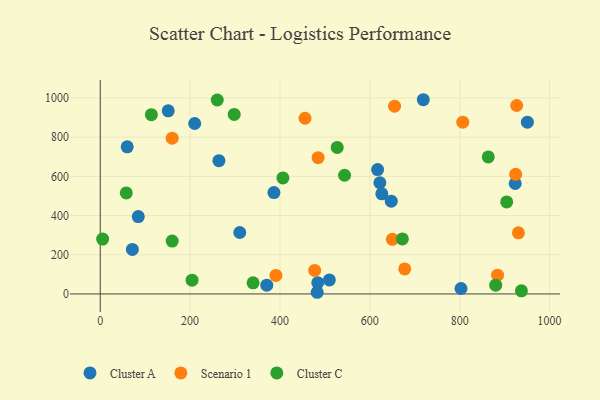
{"axis": {"x": "Distance", "y": "Fuel Efficiency"}, "legend": ["Cluster A", "Cluster C", "Scenario 1"], "data": [{"x": "84.6", "y": 394.9, "type": "Cluster A"}, {"x": "264.1", "y": 679.9, "type": "Cluster A"}, {"x": "386.5", "y": 517.1, "type": "Cluster A"}, {"x": "210.2", "y": 869.9, "type": "Cluster A"}, {"x": "484.0", "y": 57.1, "type": "Cluster A"}, {"x": "151.3", "y": 934.4, "type": "Cluster A"}, {"x": "950.5", "y": 876.3, "type": "Cluster A"}, {"x": "622.3", "y": 567.5, "type": "Cluster A"}, {"x": "482.8", "y": 8.5, "type": "Cluster A"}, {"x": "617.2", "y": 634.7, "type": "Cluster A"}, {"x": "718.9", "y": 991.1, "type": "Cluster A"}, {"x": "802.8", "y": 27.8, "type": "Cluster A"}, {"x": "626.6", "y": 511.0, "type": "Cluster A"}, {"x": "509.8", "y": 71.3, "type": "Cluster A"}, {"x": "923.4", "y": 563.7, "type": "Cluster A"}, {"x": "647.6", "y": 473.4, "type": "Cluster A"}, {"x": "60.0", "y": 750.6, "type": "Cluster A"}, {"x": "310.5", "y": 313.5, "type": "Cluster A"}, {"x": "71.5", "y": 227.1, "type": "Cluster A"}, {"x": "370.6", "y": 44.8, "type": "Cluster A"}, {"x": "455.7", "y": 896.6, "type": "Scenario 1"}, {"x": "926.7", "y": 961.6, "type": "Scenario 1"}, {"x": "160.1", "y": 794.7, "type": "Scenario 1"}, {"x": "884.2", "y": 95.8, "type": "Scenario 1"}, {"x": "806.8", "y": 876.3, "type": "Scenario 1"}, {"x": "654.9", "y": 958.0, "type": "Scenario 1"}, {"x": "390.9", "y": 94.3, "type": "Scenario 1"}, {"x": "930.6", "y": 312.1, "type": "Scenario 1"}, {"x": "484.8", "y": 695.4, "type": "Scenario 1"}, {"x": "924.4", "y": 610.3, "type": "Scenario 1"}, {"x": "477.2", "y": 120.1, "type": "Scenario 1"}, {"x": "650.1", "y": 278.5, "type": "Scenario 1"}, {"x": "677.5", "y": 127.9, "type": "Scenario 1"}, {"x": "340.1", "y": 56.9, "type": "Cluster C"}, {"x": "672.3", "y": 280.8, "type": "Cluster C"}, {"x": "937.3", "y": 15.8, "type": "Cluster C"}, {"x": "904.5", "y": 469.4, "type": "Cluster C"}, {"x": "57.9", "y": 515.7, "type": "Cluster C"}, {"x": "113.8", "y": 914.9, "type": "Cluster C"}, {"x": "298.1", "y": 916.3, "type": "Cluster C"}, {"x": "543.7", "y": 605.6, "type": "Cluster C"}, {"x": "260.4", "y": 989.8, "type": "Cluster C"}, {"x": "204.3", "y": 70.3, "type": "Cluster C"}, {"x": "406.5", "y": 591.9, "type": "Cluster C"}, {"x": "160.1", "y": 269.9, "type": "Cluster C"}, {"x": "527.3", "y": 747.8, "type": "Cluster C"}, {"x": "863.5", "y": 699.0, "type": "Cluster C"}, {"x": "5.3", "y": 280.1, "type": "Cluster C"}, {"x": "880.0", "y": 44.9, "type": "Cluster C"}]}